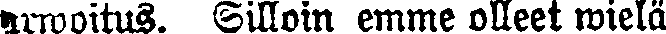
arwoitus. Silloin emme olleet wielä